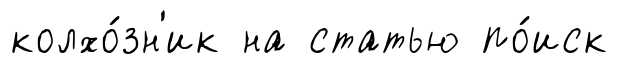
колхо́зн'ик на статью по́иск